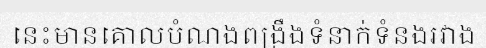
នេះមានគោលបំណងពង្រឹងទំនាក់ទំនងរវាង